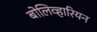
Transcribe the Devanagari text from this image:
बोलिव्हारियन